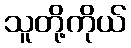
သူတို့ကိုယ်